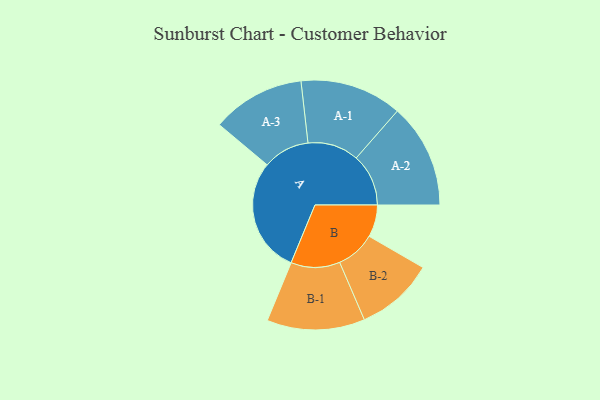
{"axis": {"x": "Segment", "y": "Value"}, "legend": ["", "A", "B"], "data": [{"x": "A", "y": 390, "type": ""}, {"x": "B", "y": 109, "type": ""}, {"x": "A-1", "y": 173, "type": "A"}, {"x": "A-2", "y": 177, "type": "A"}, {"x": "A-3", "y": 158, "type": "A"}, {"x": "B-1", "y": 166, "type": "B"}, {"x": "B-2", "y": 133, "type": "B"}]}